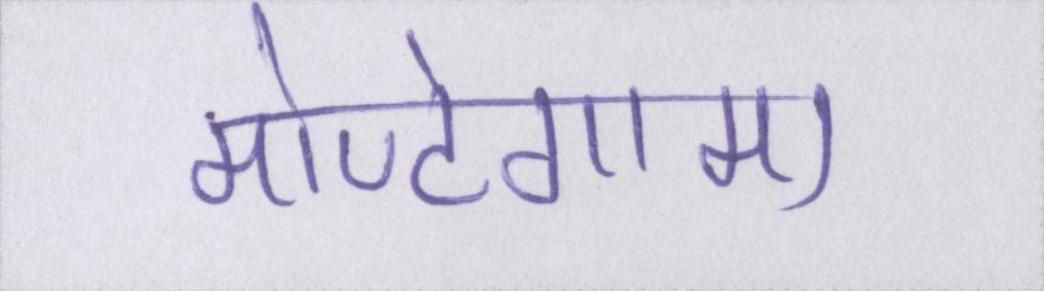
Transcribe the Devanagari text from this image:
मोण्टेगामा